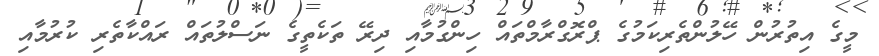
މީގެ އިތުރުން ހޭލުންތެރިކަމުގެ ޕްރޮގްރާމްތައް ހިންގުމާއި ދިރޭ ތަކެތީގެ ނަސްލުތައް ރައްކާތެރި ކުރުމާއި